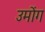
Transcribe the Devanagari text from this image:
उमोंग